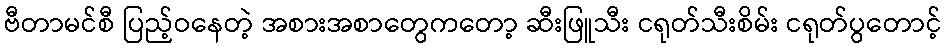
ဗီတာမင်စီ ပြည့်ဝနေတဲ့ အစားအစာတွေကတော့ ဆီးဖြူသီး ငရုတ်သီးစိမ်း ငရုတ်ပွတောင့်